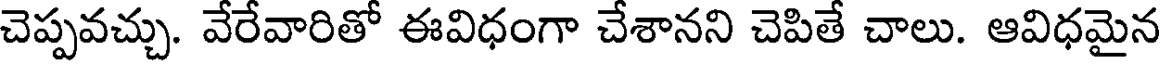
చెప్పవచ్చు. వేరేవారితో ఈవిధంగా చేశానని చెపితే చాలు. ఆవిధమైన